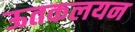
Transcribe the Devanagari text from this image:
ऊतकलयन